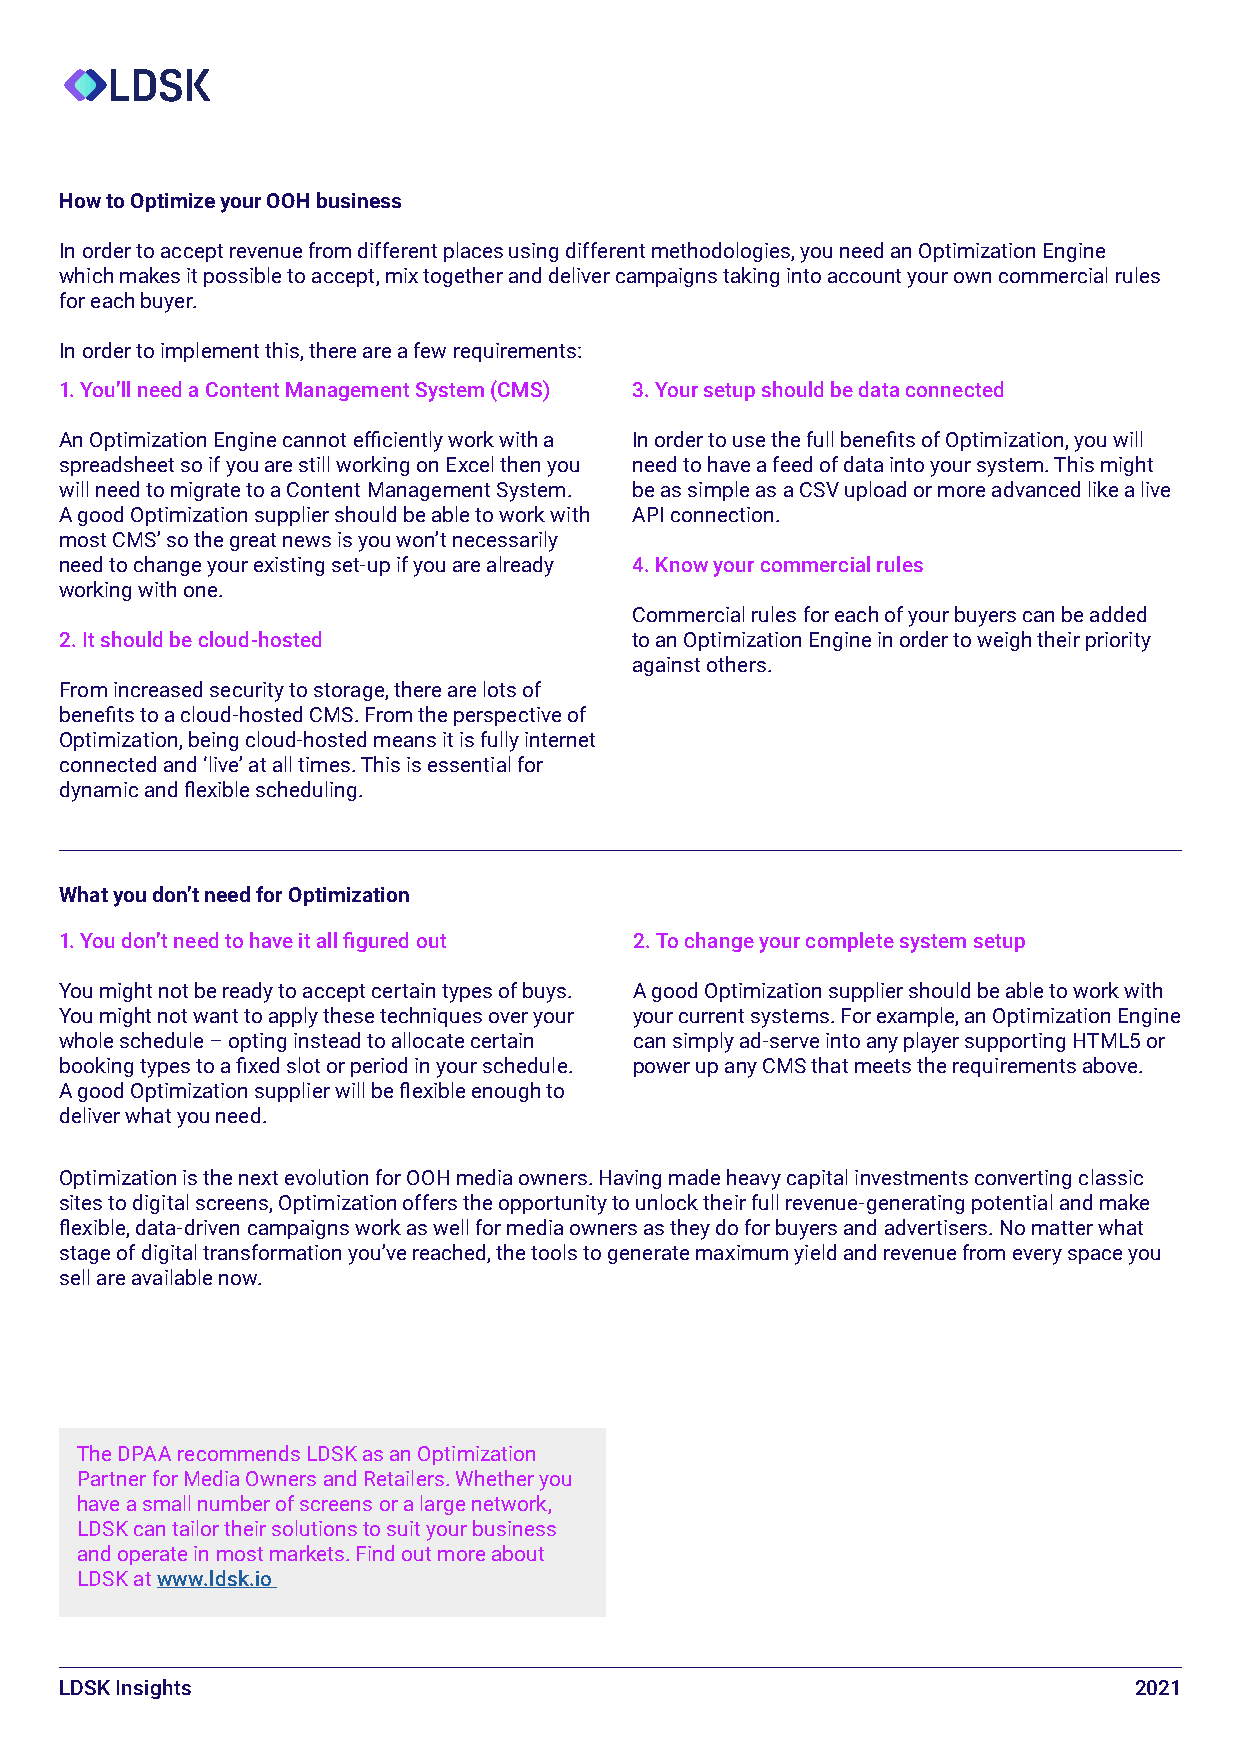
How to Optimize your OOH business
 In order to accept revenue from different places using different methodologies, you need an Optimization Engine
 which makes it possible to accept, mix together and deliver campaigns taking into account your own commercial rules
 for each buyer.
 In order to implement this, there are a few requirements:
 1. You’ll need a Content Management System (CMS) 3. Your setup should be data connected
 An Optimization Engine cannot efficiently work with a In order to use the full benefits of Optimization, you will
 spreadsheet so if you are still working on Excel then you need to have a feed of data into your system. This might
 will need to migrate to a Content Management System. be as simple as a CSV upload or more advanced like a live
 A good Optimization supplier should be able to work with API connection.
 most CMS’ so the great news is you won’t necessarily
 need to change your existing set-up if you are already 4. Know your commercial rules
 working with one.
 Commercial rules for each of your buyers can be added
 2. It should be cloud-hosted          to an Optimization Engine in order to weigh their priority
 against others.
 From increased security to storage, there are lots of
 benefits to a cloud-hosted CMS. From the perspective of
 Optimization, being cloud-hosted means it is fully internet
 connected and ‘live’ at all times. This is essential for
 dynamic and flexible scheduling.
 What you don’t need for Optimization
 1. You don’t need to have it all figured out 2. To change your complete system setup
 You might not be ready to accept certain types of buys. A good Optimization supplier should be able to work with
 You might not want to apply these techniques over your your current systems. For example, an Optimization Engine
 whole schedule – opting instead to allocate certain can simply ad-serve into any player supporting HTML5 or
 booking types to a fixed slot or period in your schedule. power up any CMS that meets the requirements above.
 A good Optimization supplier will be flexible enough to
 deliver what you need.
 Optimization is the next evolution for OOH media owners. Having made heavy capital investments converting classic
 sites to digital screens, Optimization offers the opportunity to unlock their full revenue-generating potential and make
 flexible, data-driven campaigns work as well for media owners as they do for buyers and advertisers. No matter what
 stage of digital transformation you’ve reached, the tools to generate maximum yield and revenue from every space you
 sell are available now.
 The DPAA recommends LDSK as an Optimization
 Partner for Media Owners and Retailers. Whether you
 have a small number of screens or a large network,
 LDSK can tailor their solutions to suit your business
 and operate in most markets. Find out more about
 LDSK at www.ldsk.io
 LDSK Insights                                                          2021